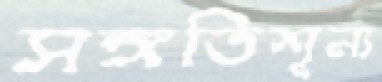
সঙ্গতিশূন্য